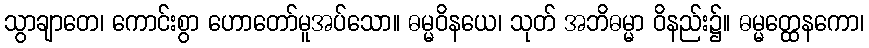
သွာချာတေ၊ ကောင်းစွာ ဟောတော်မူအပ်သော။ ဓမ္မဝိနယေ၊ သုတ် အဘိဓမ္မာ ဝိနည်း၌။ ဓမ္မတ္ထေနကော၊